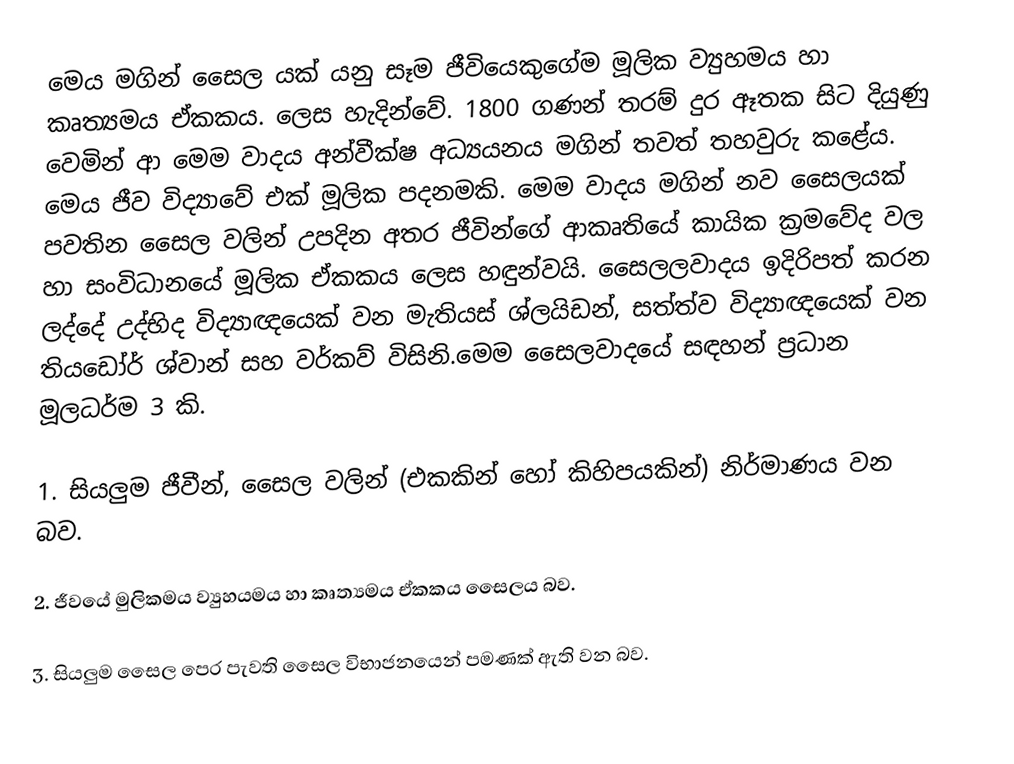
මෙය මගින් සෛල යක් යනු සෑම ජීවියෙකුගේම මූලික ව්‍යුහමය හා කෘත්‍යමය ඒකකය. ලෙස හැදින්වේ. 1800 ගණන් තරම් දුර ඈතක සිට දියුණු වෙමින් ආ මෙම වාදය අන්වීක්ෂ අධ්‍යයනය මගින් තවත් තහවුරු කළේය. මෙය ජීව විද්‍යාවේ එක් මූලික පදනමකි. මෙම වාදය මගින් නව සෛලයක් පවතින සෛල වලින් උපදින අතර ජීවින්ගේ ආකෘතියේ කායික ක්‍රමවේද වල හා සංවිධානයේ මූලික ඒකකය ලෙස හඳුන්වයි. සෛලලවාදය  ඉදිරිපත් කරන ලද්දේ උද්භිද විද්‍යාඥයෙක් වන මැතියස් ශ්ලයිඩන්‚ සත්ත්ව විද්‍යාඥයෙක් වන තියඩෝර් ශ්වාන් සහ වර්කව් විසිනි.මෙම සෛලවාදයේ සඳහන් ප්‍රධාන මූලධර්ම 3 කි.

1. සියලුම ජීවීන්, සෛල වලින් (එකකින් හෝ කිහිපයකින්) නිර්මාණය වන බව.

2. ජීවයේ මුලිකමය ව්‍යුහයමය හා කෘත්‍යමය ඒකකය සෛලය බව.

3. සියලුම සෛල පෙර පැවති සෛල විභාජනයෙන් පමණක් ඇති වන බව.